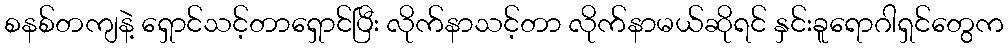
စနစ်တကျနဲ့ ရှောင်သင့်တာရှောင်ပြီး လိုက်နာသင့်တာ လိုက်နာမယ်ဆိုရင် နှင်းခူရောဂါရှင်တွေက